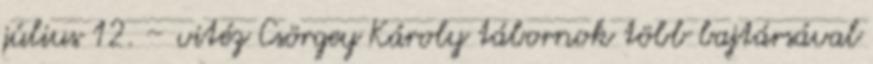
július 12. – vitéz Csörgey Károly tábornok több bajtársával